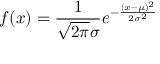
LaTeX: f ( x ) = { \frac { 1 } { { \sqrt { 2 \pi } } \sigma } } e ^ { - { \frac { ( x - \mu ) ^ { 2 } } { 2 \sigma ^ { 2 } } } }